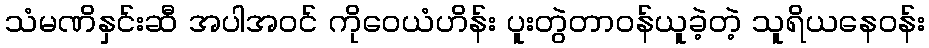
သံမဏိနှင်းဆီ အပါအဝင် ကိုဝေယံဟိန်း ပူးတွဲတာဝန်ယူခဲ့တဲ့ သူရိယနေဝန်း